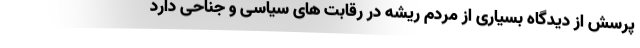
پرسش از دیدگاه بسیاری از مردم ریشه در رقابت های سیاسی و جناحی دارد